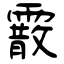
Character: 霰